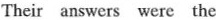
Their answers were the